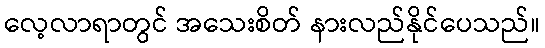
လေ့လာရာတွင် အသေးစိတ် နားလည်နိုင်ပေသည်။